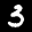
Label: 3